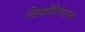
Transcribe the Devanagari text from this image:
सिडकोविरोधातला